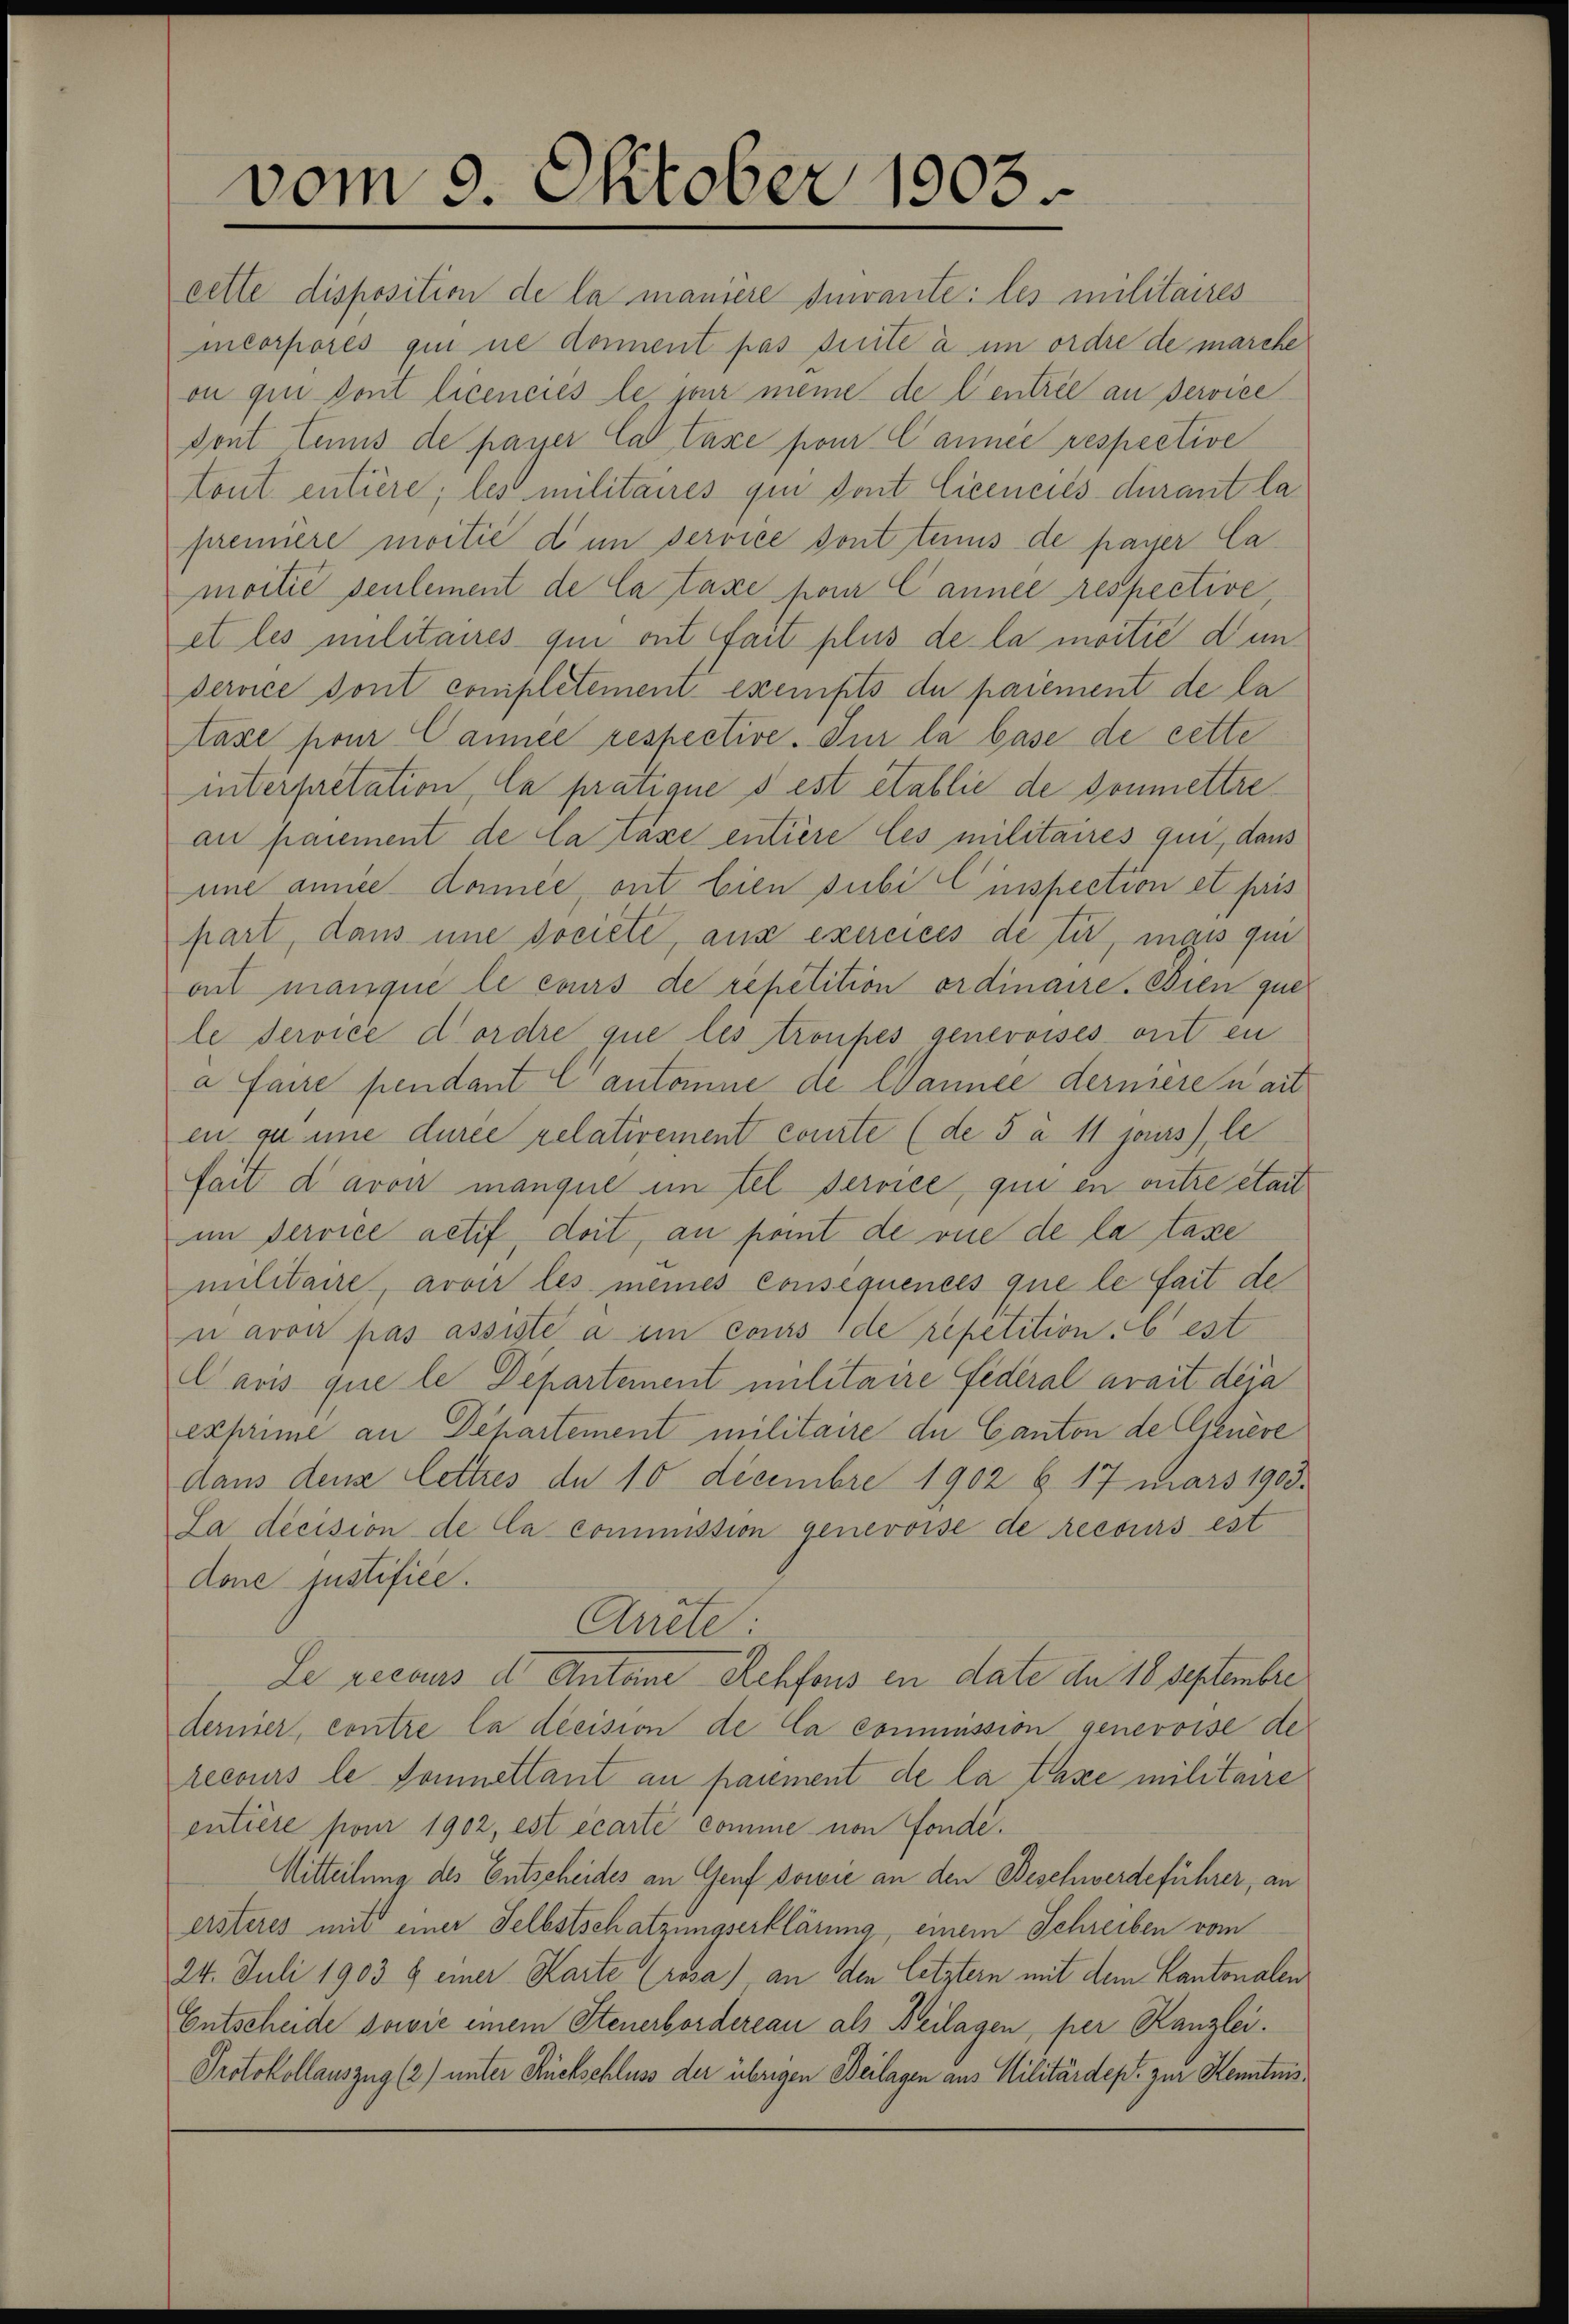
vom 9. Oktober 1903.

cette disposition de la manière Invante: les militaires
mcorpores qui ne donnent pas suite à in ordre de marche
on qui sont licencies le ja meine de l’entrée an Service
dont tenus de payer Car Taxe pour Cannee respective
tont entiere; les militaires qui dont licencies durant la
première moitié d in service sont tenus de passer Camoitié seulement de la taxe pour Cannée respective,
et les militaires qui ont fait plus de la moitié dun
service dont complétement exempts du paiement de la
taxe pour Cannée respective. Sur la base de cette
interpretation, la pratique s est établie de soumettreau paiement de la taxe entière les militaires qui, dass
une amice donnée, ont bien subi Einspection et fris
part, dans une dociete, aus exercices de ti, mais qui
ont manque le cours de repetition ordinaire. Dien que
le service d’ordre que les troupes genevoises ont en
a faire pendant Cantone de Wannée dernière nait
en zu inne durce relativement courte (de 5 à 11 jaus), le
fait davon manque im tel service, qui en ritre etail
im Service actif, doit, an port de vue de la taxe
militaire avoir les meines consequences que le fait de
n avoir pas assiste à en cours de repetition best
Cavis que le Departement militaire Federal arait deja
exprime an Departement militaire du Canton de Genere
daus dens lettres de 10 decembre 1902 b. 17 mars 1903.
La décision de la commission genevoise de Recours est
Aone justifice.
Arcte:
Le recours der Antoine Rehfons en date am 18 Septembre
derier, contre la decision de la commission genevoise de
recours le Sonnettant au paiement de la taxe militaire
entière pour 1902, est écarte comme von Fonde.
Mitteilung des Entscheides an Genf sowie an den Beschwerdeführer, an
ersteres mit einer Selbstschatzungserklärung, einem Schreiben vom
24. Juli 1903 9 einer Karte (rosa) an den letztern mit dem Kantonalen
Entscheide sowie einem Steuerbordereau als Beilagen, per Kanzlei.
Protokollauszug (2) unter Rückschluss der übrigen Beilagen aus Militärdep. zur Kenntnis